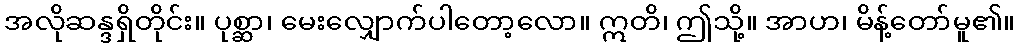
အလိုဆန္ဒရှိတိုင်း။ ပုစ္ဆာ၊ မေးလျှောက်ပါတော့လော။ ဣတိ၊ ဤသို့။ အာဟ၊ မိန့်တော်မူ၏။